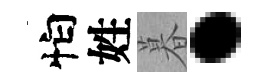
怕姓暮·